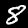
Digit: 8